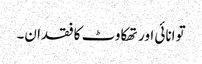
توانائی اور تھکاوٹ کا فقدان۔